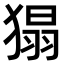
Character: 𤠐